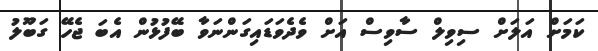
ކަމަށް އަލަށް ސިވިލް ސާވިސް އަށް ވެދެވަޑައިގަންނަވާ ބޭފުޅުން އެބަ ޖެހޭ ގަބޫލު